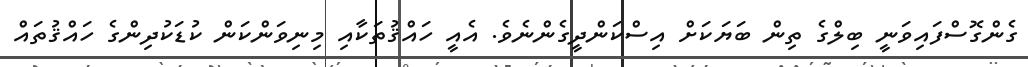
ގެންގޮސްފައިވަނީ ބިލްގެ ތިން ބަޔަކަށް އިސްކަންދީގެންނެވެ. އެއީ ހައްޤުތަކާއި މިނިވަންކަން ކުޑަކުދިންގެ ހައްޤުތައް